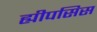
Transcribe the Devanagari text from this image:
ह्यीपसिस